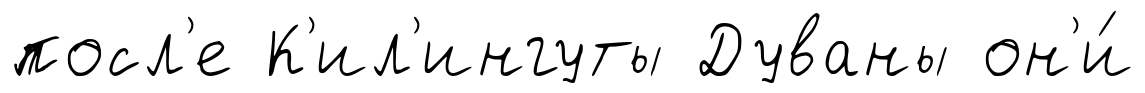
посл'е К'ил'ингуты Дуваны он'и́